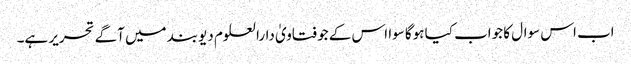
اب اس سوال کا جواب کیا ہوگا سوا اس کے جو فتاویٰ دارالعلوم دیوبند میں آگے تحریر ہے۔